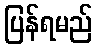
ပြန်ရမည်